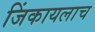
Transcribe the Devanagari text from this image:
जिंकायलाच